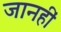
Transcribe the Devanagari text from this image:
जानहीं